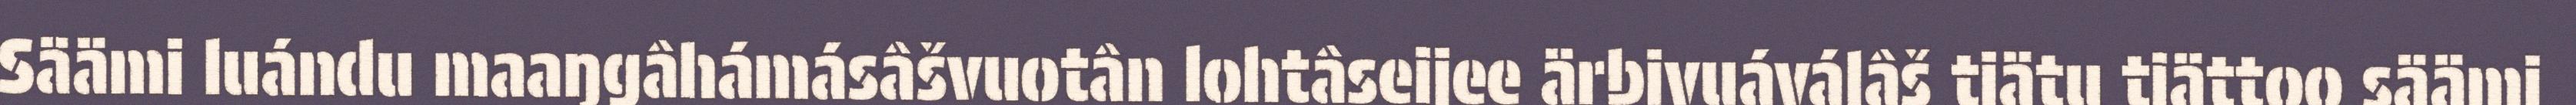
Säämi luándu maaŋgâhámásâšvuotân lohtâseijee ärbivuáválâš tiätu tiättoo säämi